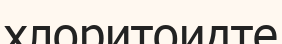
хлоритоидте